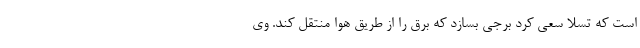
است که تسلا سعی کرد برجی بسازد که برق را از طریق هوا منتقل کند. وی